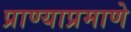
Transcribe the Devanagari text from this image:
प्राण्याप्रमाणे